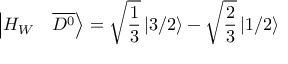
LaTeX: \left| H _ { W } \quad \overline { { { D ^ { 0 } } } } \right\rangle = \sqrt { \frac { 1 } { 3 } } \left| 3 / 2 \right\rangle - \sqrt { \frac { 2 } { 3 } } \left| 1 / 2 \right\rangle